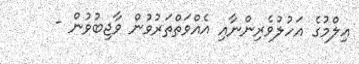
ޢިލްމުގެ އަހުލުވެރިންނާއި އެއްވަތްތަރުވުން ވާޖިބުވުން -